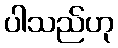
ပါသည်ဟု